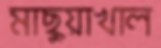
মাছুয়াখাল